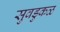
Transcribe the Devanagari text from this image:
सुवडुकळ